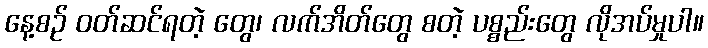
နေ့စဉ် ဝတ်ဆင်ရတဲ့ တွေ၊ လက်အိတ်တွေ စတဲ့ ပစ္စည်းတွေ လိုအပ်မှုပါ။